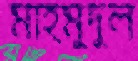
মাহমুদুল